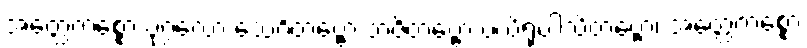
အတ္ထေကစ္စော ပုဂ္ဂလော သေဝိတဗ္ဗော ဘဇိတဗ္ဗော ပယိရုပါသိတဗ္ဗော၊ အတ္ထေကစ္စော